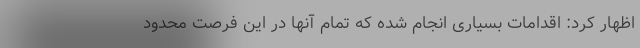
اظهار کرد: اقدامات بسیاری انجام شده که تمام آنها در این فرصت محدود